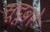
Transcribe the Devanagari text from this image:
सूदूबरे